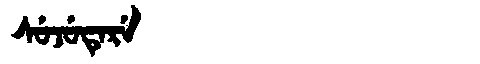
Manchu: ᠰᡠᠵᡠᡨᡝᡵᡝ
Romanization: SUJUTERE